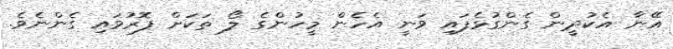
އޭނާ އެކުދީން ގެންގުޅެފައި ވަނީ އެހެން މީހުންގެ ލޯ ތަކަށް ފޮރުވައި ގެންނެވެ.